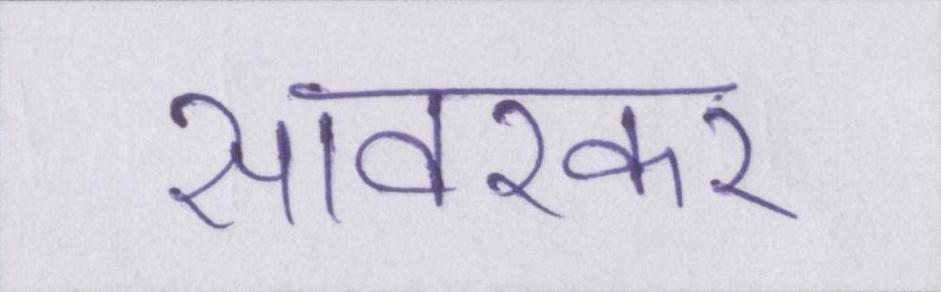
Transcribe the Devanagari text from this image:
सावरकर